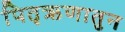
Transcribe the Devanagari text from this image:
पितृऋणातुन